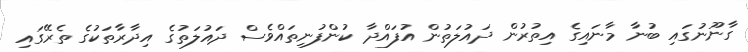
ގާނޫނުގައި ބުނާ މާނައިގެ އިތުުރުން ދައުލަތުން އުފައްދާ ކުންފުނިތައްވެސް ދައުލަތުގެ އިދާރާތަކުގެ ތެރޭގައި